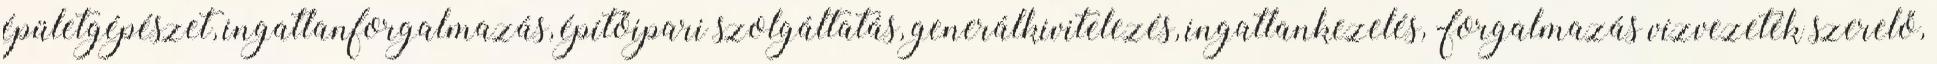
épületgépészet, ingatlanforgalmazás, építőipari szolgáltatás, generálkivitelezés, ingatlankezelés, -forgalmazás vízvezeték szerelő,